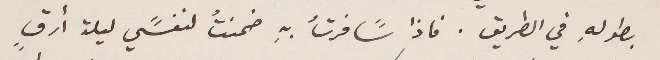
بطولهِ في الطريق. فاذا سًافرتُ بهِ ضمنتُ لنفسًي ليلة أرقٍ